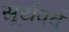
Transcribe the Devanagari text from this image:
सूर्यपर्व